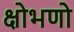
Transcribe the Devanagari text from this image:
क्षोभणो